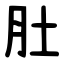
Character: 肚